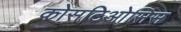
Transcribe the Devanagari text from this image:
कोसटिओसिस